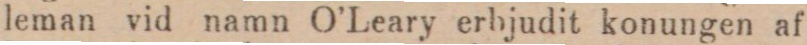
leman vid namn O’Leary erbjudit konungen af